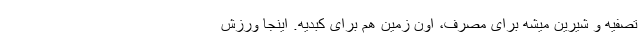
تصفیه و شیرین میشه برای مصرف، اون زمین هم برای کبدیه. اینجا ورزش